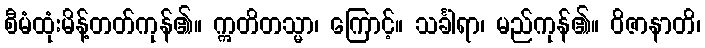
စီမံထုံးမိန့်တတ်ကုန်၏။ ဣတိတသ္မာ၊ ကြောင့်။ သင်္ခါရာ၊ မည်ကုန်၏။ ဝိဇာနာတိ၊